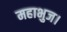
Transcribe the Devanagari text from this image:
महाभुज।